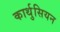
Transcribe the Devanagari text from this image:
कार्थुसियन